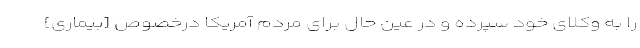
را به وکلای خود سپرده و در عین حال برای مردم آمریکا درخصوص [بیماری]